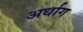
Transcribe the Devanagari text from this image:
अर्धाग